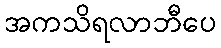
အကသိရလာဘီပေ